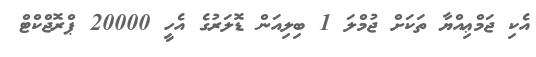
އެކި ޖަމްޢިއްޔާ ތަކަށް ޖުމްލަ 1 ބިލިއަން ޑޮލަރުގެ އެހީ 20000 ޕްރޮޖްކްޓް